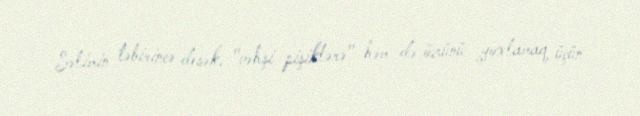
Səlimin təbirincə desək, "vəhşi pişiklərə" həm də özünü yoxlamaq üçün